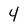
Character: 4